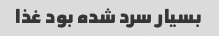
بسیار سرد شده بود غذا